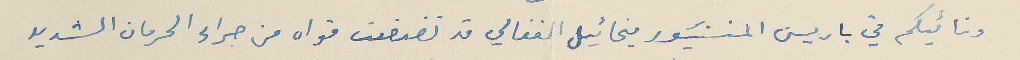
ونائبكم في باريسَ المنسَنيور ميخائيل الفغالي قد تضعضعت قواه من جراء الحرمان الشديد